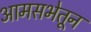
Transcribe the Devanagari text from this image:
आमसभेतून